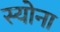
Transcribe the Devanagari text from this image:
स्योना